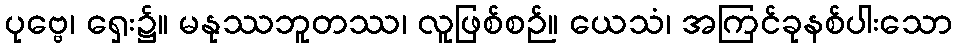
ပုဗ္ဗေ၊ ရှေး၌။ မနုဿဘူတဿ၊ လူဖြစ်စဉ်။ ယေသံ၊ အကြင်ခုနစ်ပါးသော